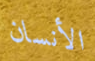
الأنسان